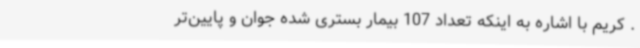
. کریم با اشاره به اینکه تعداد 107 بیمار بستری شده جوان و پایین‌تر